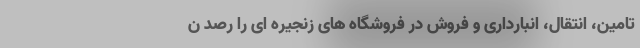
تامین، انتقال، انبارداری و فروش در فروشگاه های زنجیره ای را رصد ن